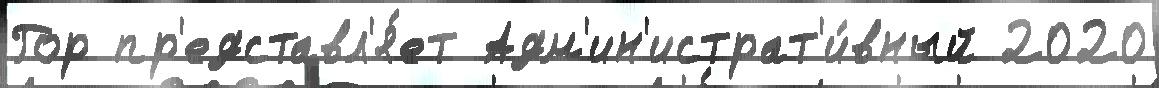
Гор пр'едставл'я́ет Адм'ин'истрат'и́вный 2020